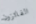
الفائزون